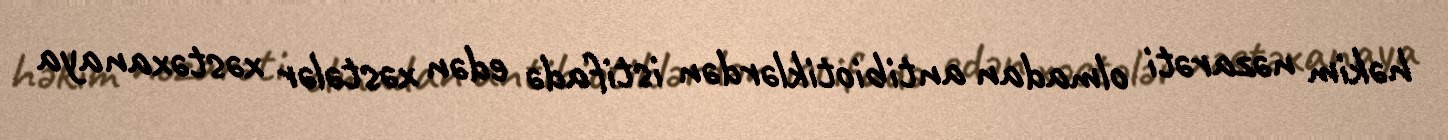
həkim nəzarəti olmadan antibiotiklərdən istifadə edən xəstələr xəstəxanaya